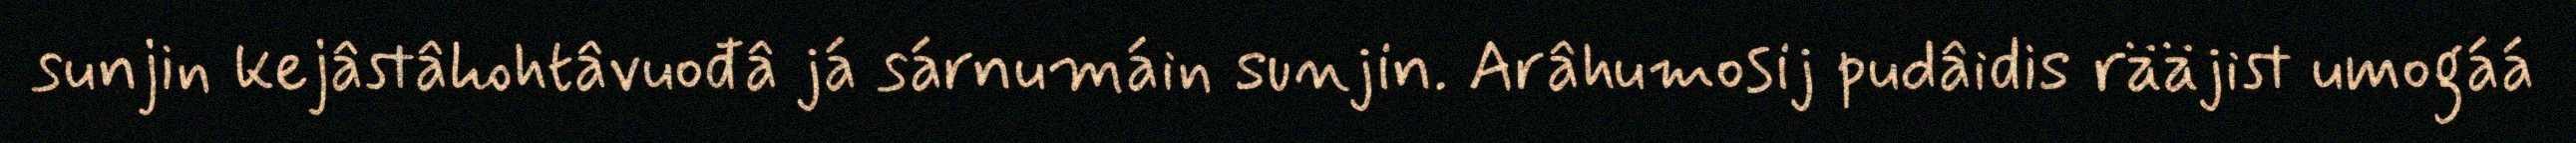
sunjin kejâstâhohtâvuođâ já sárnumáin sunjin. Arâhumosij pudâidis rääjist umogáá